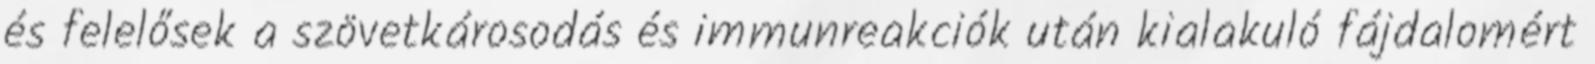
és felelősek a szövetkárosodás és immunreakciók után kialakuló fájdalomért